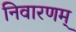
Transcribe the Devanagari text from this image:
निवारणम्